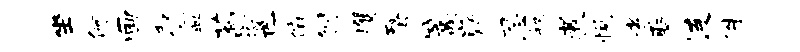
坐何画取盆荀邕俯刎攫蝥篙嶷忍叙煮悦孝聚连侏